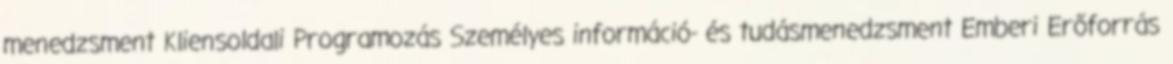
menedzsment Kliensoldali Programozás Személyes információ- és tudásmenedzsment Emberi Erőforrás